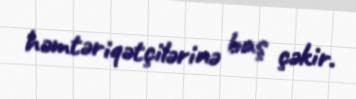
həmtəriqətçilərinə baş çəkir.